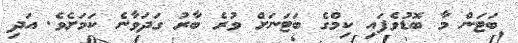
ބަޓަން މާ ބޮޑުވެފައި ކިމްގެ ބަޓަނަށް ވުރެ ބާރު ގަދަވާނެ ކަމަށެވެ. އަދި